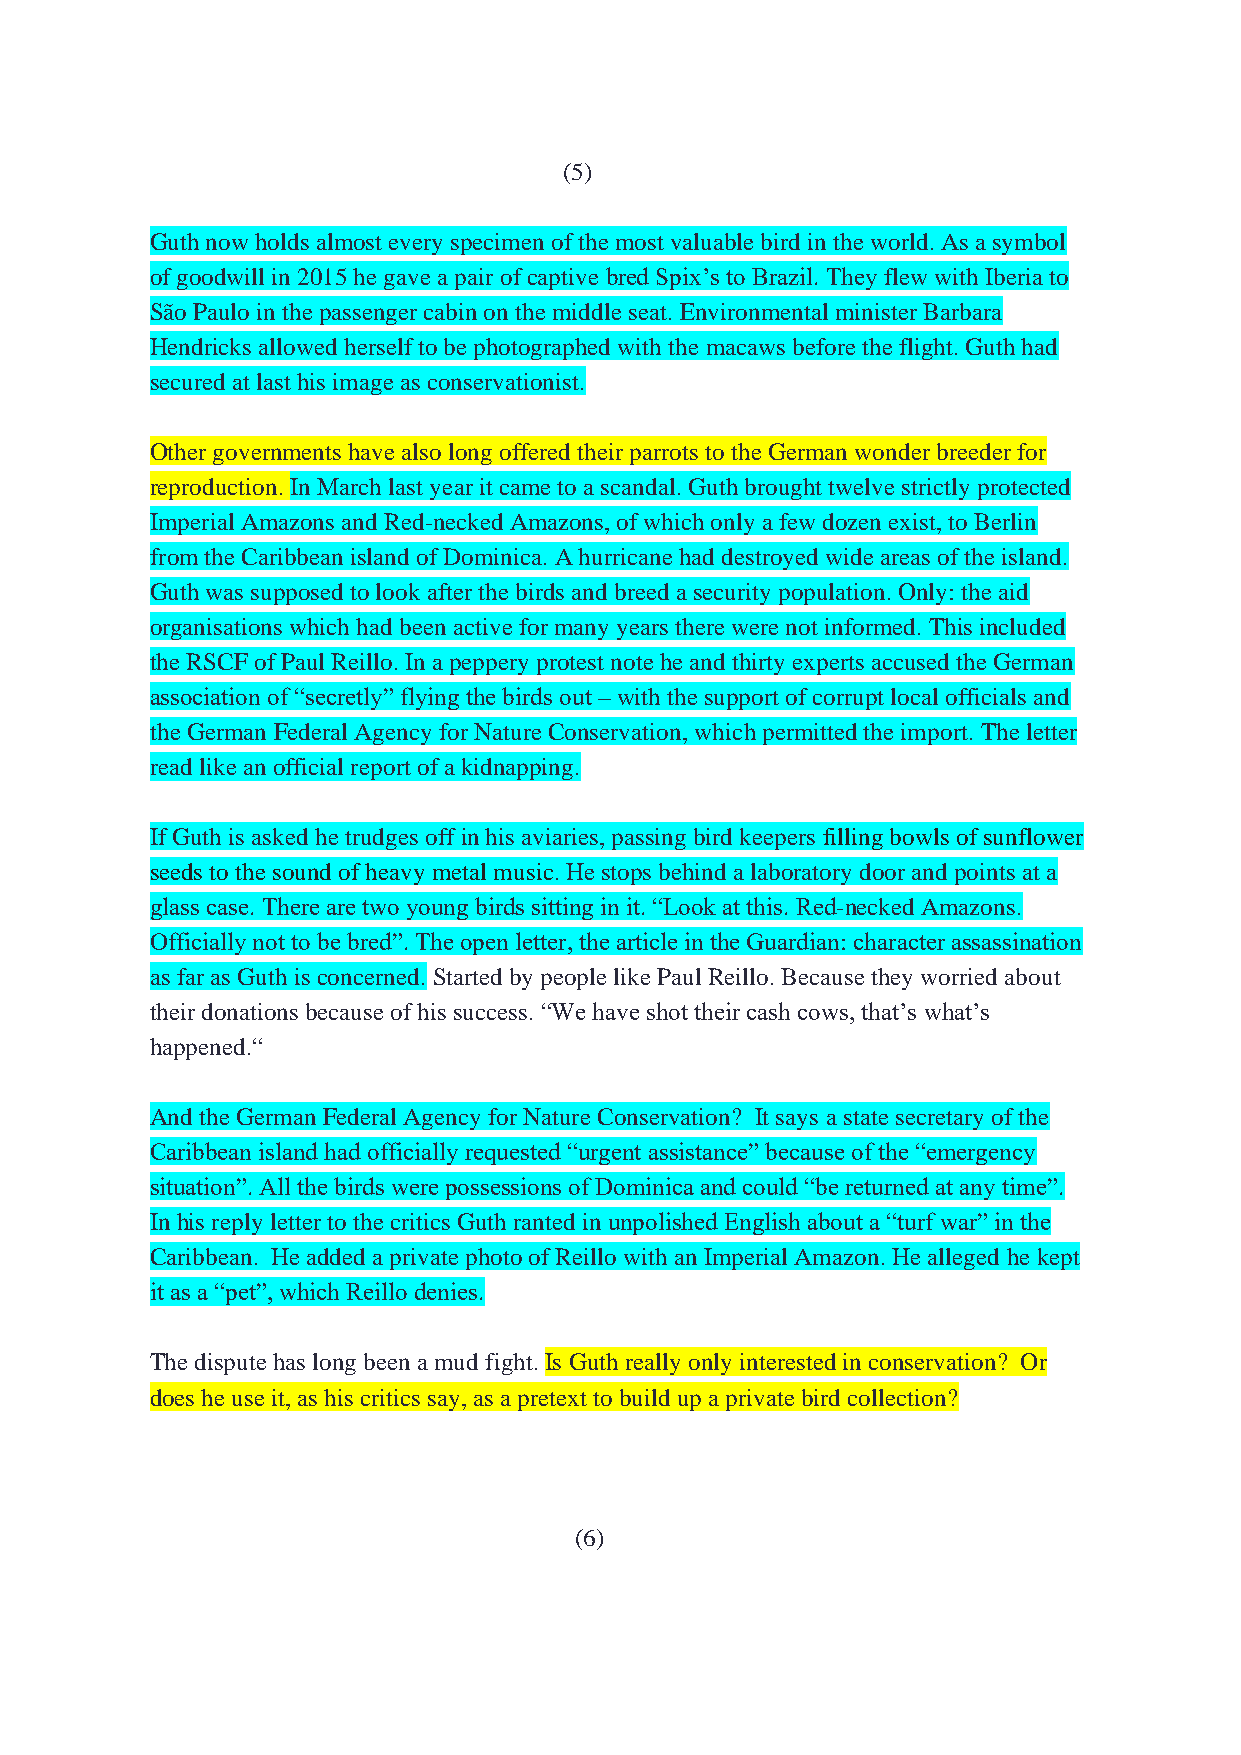
(5)
 Guth now holds almost every specimen of the most valuable bird in the world. As a symbol
 of goodwill in 2015 he gave a pair of captive bred Spix’s to Brazil. They flew with Iberia to
 São Paulo in the passenger cabin on the middle seat. Environmental minister Barbara
 Hendricks allowed herself to be photographed with the macaws before the flight. Guth had
 secured at last his image as conservationist.
 Other governments have also long offered their parrots to the German wonder breeder for
 reproduction. In March last year it came to a scandal. Guth brought twelve strictly protected
 Imperial Amazons and Red-necked Amazons, of which only a few dozen exist, to Berlin
 from the Caribbean island of Dominica. A hurricane had destroyed wide areas of the island.
 Guth was supposed to look after the birds and breed a security population. Only: the aid
 organisations which had been active for many years there were not informed. This included
 the RSCF of Paul Reillo. In a peppery protest note he and thirty experts accused the German
 association of “secretly” flying the birds out – with the support of corrupt local officials and
 the German Federal Agency for Nature Conservation, which permitted the import. The letter
 read like an official report of a kidnapping.
 If Guth is asked he trudges off in his aviaries, passing bird keepers filling bowls of sunflower
 seeds to the sound of heavy metal music. He stops behind a laboratory door and points at a
 glass case. There are two young birds sitting in it. “Look at this. Red-necked Amazons.
 Officially not to be bred”. The open letter, the article in the Guardian: character assassination
 as far as Guth is concerned. Started by people like Paul Reillo. Because they worried about
 their donations because of his success. “We have shot their cash cows, that’s what’s
 happened.“
 And the German Federal Agency for Nature Conservation? It says a state secretary of the
 Caribbean island had officially requested “urgent assistance” because of the “emergency
 situation”. All the birds were possessions of Dominica and could “be returned at any time”.
 In his reply letter to the critics Guth ranted in unpolished English about a “turf war” in the
 Caribbean. He added a private photo of Reillo with an Imperial Amazon. He alleged he kept
 it as a “pet”, which Reillo denies.
 The dispute has long been a mud fight. Is Guth really only interested in conservation? Or
 does he use it, as his critics say, as a pretext to build up a private bird collection?
 (6)